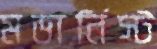
মডার্নিস্ট